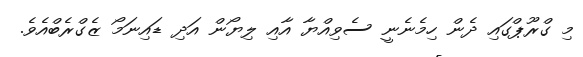
މި ގްރޫޕްގައި ދެން ހިމެނެނީ ސެވިއްޔާ އާއި ލިޔޯން އަދި ޑައިނަމޯ ޒެގްރެބްއެވެ.